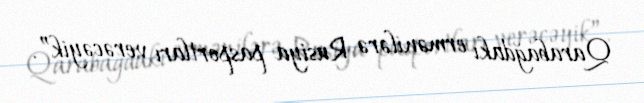
Qarabağdakı ermənilərə Rusiya pasportları verəcəyik”.